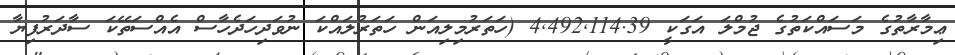
ޢިމާރާތުގެ މަސައްކަތުގެ ޖުމްލަ އަގަކީ 4